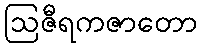
ဩဇီရကဇာတော